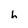
Character: h